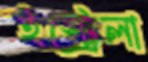
ইস্ট্রেলা